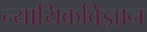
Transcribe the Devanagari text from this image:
न्यायिकविज्ञान